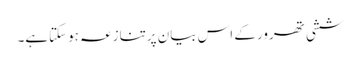
ششی تھرور کے اس بیان پرتنازعہ ہوسکتاہے۔